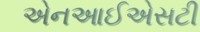
એનઆઈએસટી